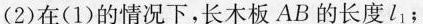
(2)在(1)的情况下，长木板AB的长度l_{1}；